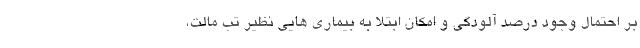
بر احتمال وجود درصد آلودگی و امکان ابتلا به بیماری هایی نظیر تب مالت،